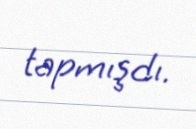
tapmışdı.